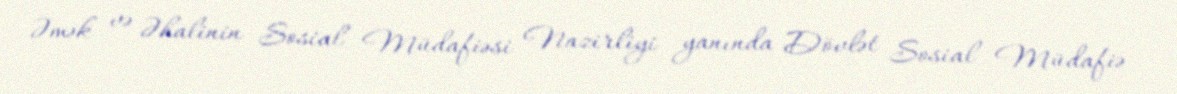
Əmək və Əhalinin Sosial Müdafiəsi Nazirliyi yanında Dövlət Sosial Müdafiə